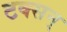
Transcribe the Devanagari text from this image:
टक्सन्